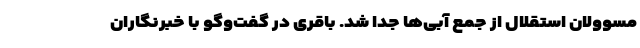
مسوولان استقلال از جمع آبی‌ها جدا شد. باقری در گفت‌وگو با خبرنگاران